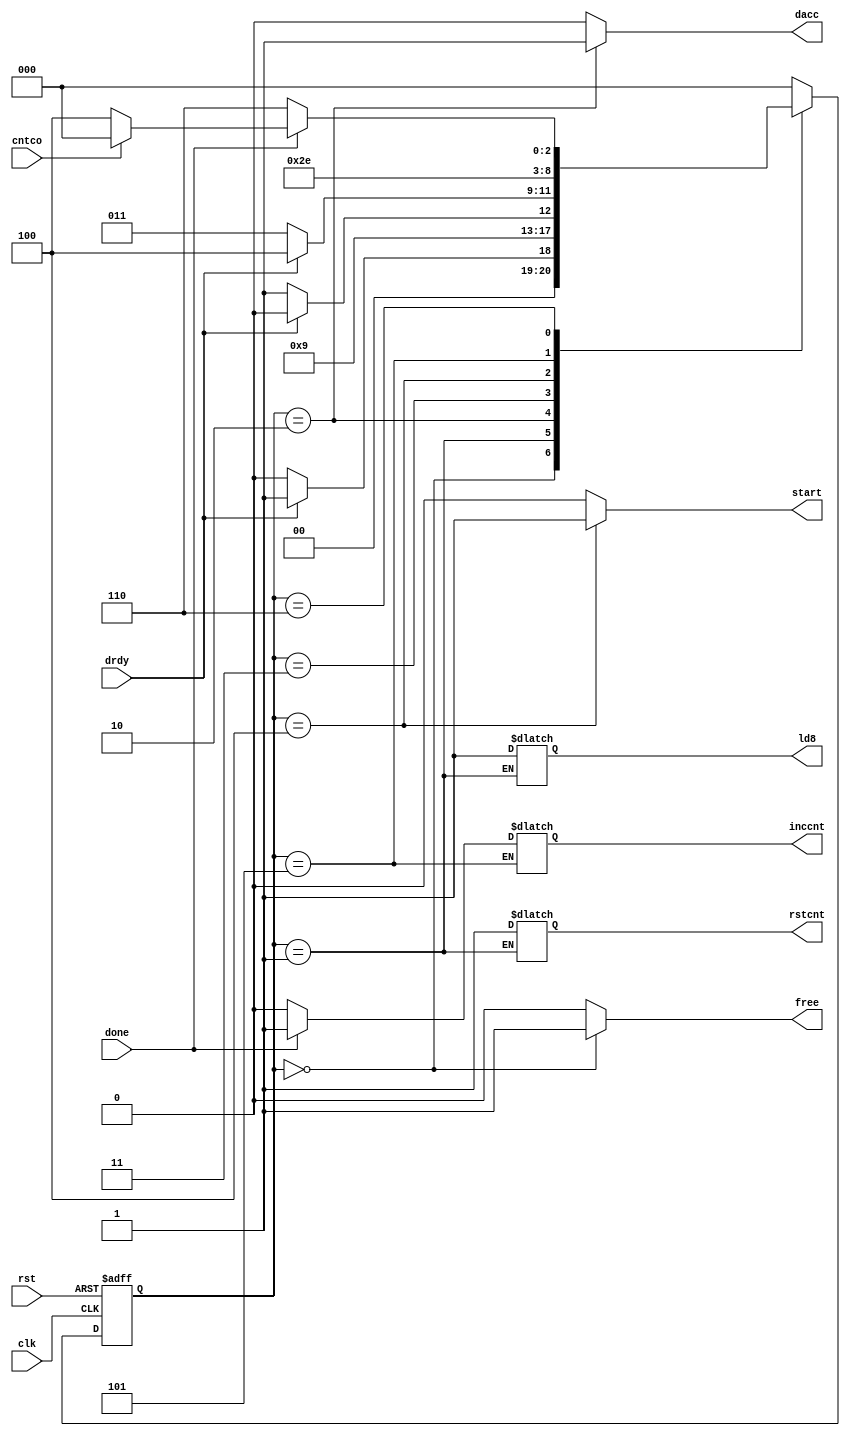
`timescale 1ns/1ns
module wrapcnt(input clk,rst,drdy,done,cntco,output reg start,dacc,free,rstcnt,inccnt,ld8);
reg [2:0]ps,ns;
always@(drdy,done,cntco,ps) begin
start=0; dacc=0; free=0; ns=3'b 000;
case(ps)
3'b 000:begin free=1'b 1; if(~drdy) ns=3'b 000; else ns=3'b 001; end
3'b 001:begin {rstcnt,ld8}=2'b 11; ns=3'b 010; end
3'b 010:begin dacc=1'b 1; if(drdy) ns=3'b 010; else ns=3'b 011; end
3'b 011:begin if(~drdy) ns=3'b 011; else ns=3'b 100; end
3'b 100:begin start=1'b 1; ns=3'b 101;end
3'b 101:begin inccnt=done?1:0; ns= 3'b 110; end
3'b 110:begin if(~done) ns=3'b 110; else ns=~cntco? 3'b 100: 3'b 000; end
default ns=3'b 000;
endcase
end
always@(posedge clk, posedge rst) begin
if(rst) ps<=3'b 000;
else ps<=ns;
end
endmodule